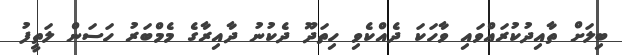
ބިލަށް ތާއިދުކުރައްވައި ވާހަކަ ދެއްކެވި ހިތަދޫ ދެކުނު ދާއިރާގެ މެމްބަރު ހަސަން ލަތީފު